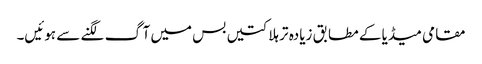
مقامی میڈیا کے مطابق زیادہ تر ہلاکتیں بس میں آگ لگنے سے ہوئیں۔